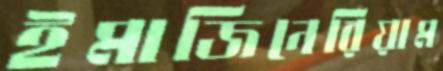
ইমাজিনেরিয়াম